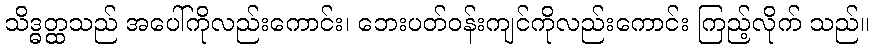
သိဒ္ဓတ္ထသည် အပေါ်ကိုလည်းကောင်း၊ ဘေးပတ်ဝန်းကျင်ကိုလည်းကောင်း ကြည့်လိုက် သည်။